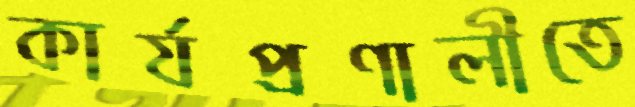
কার্যপ্রণালীতে